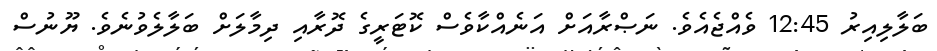
ބަލާލިއިރު 12:45 ވެއްޖެއެވެ. ނަޞްރާއަށް އަނެއްކާވެސް ކޮޓަރީގެ ދޮރާއި ދިމާލަށް ބަލާލެވުނެވެ. ޔޫނުސް